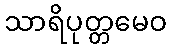
သာရိပုတ္တမေဝ